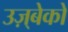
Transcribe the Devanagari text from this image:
उज़्बेको